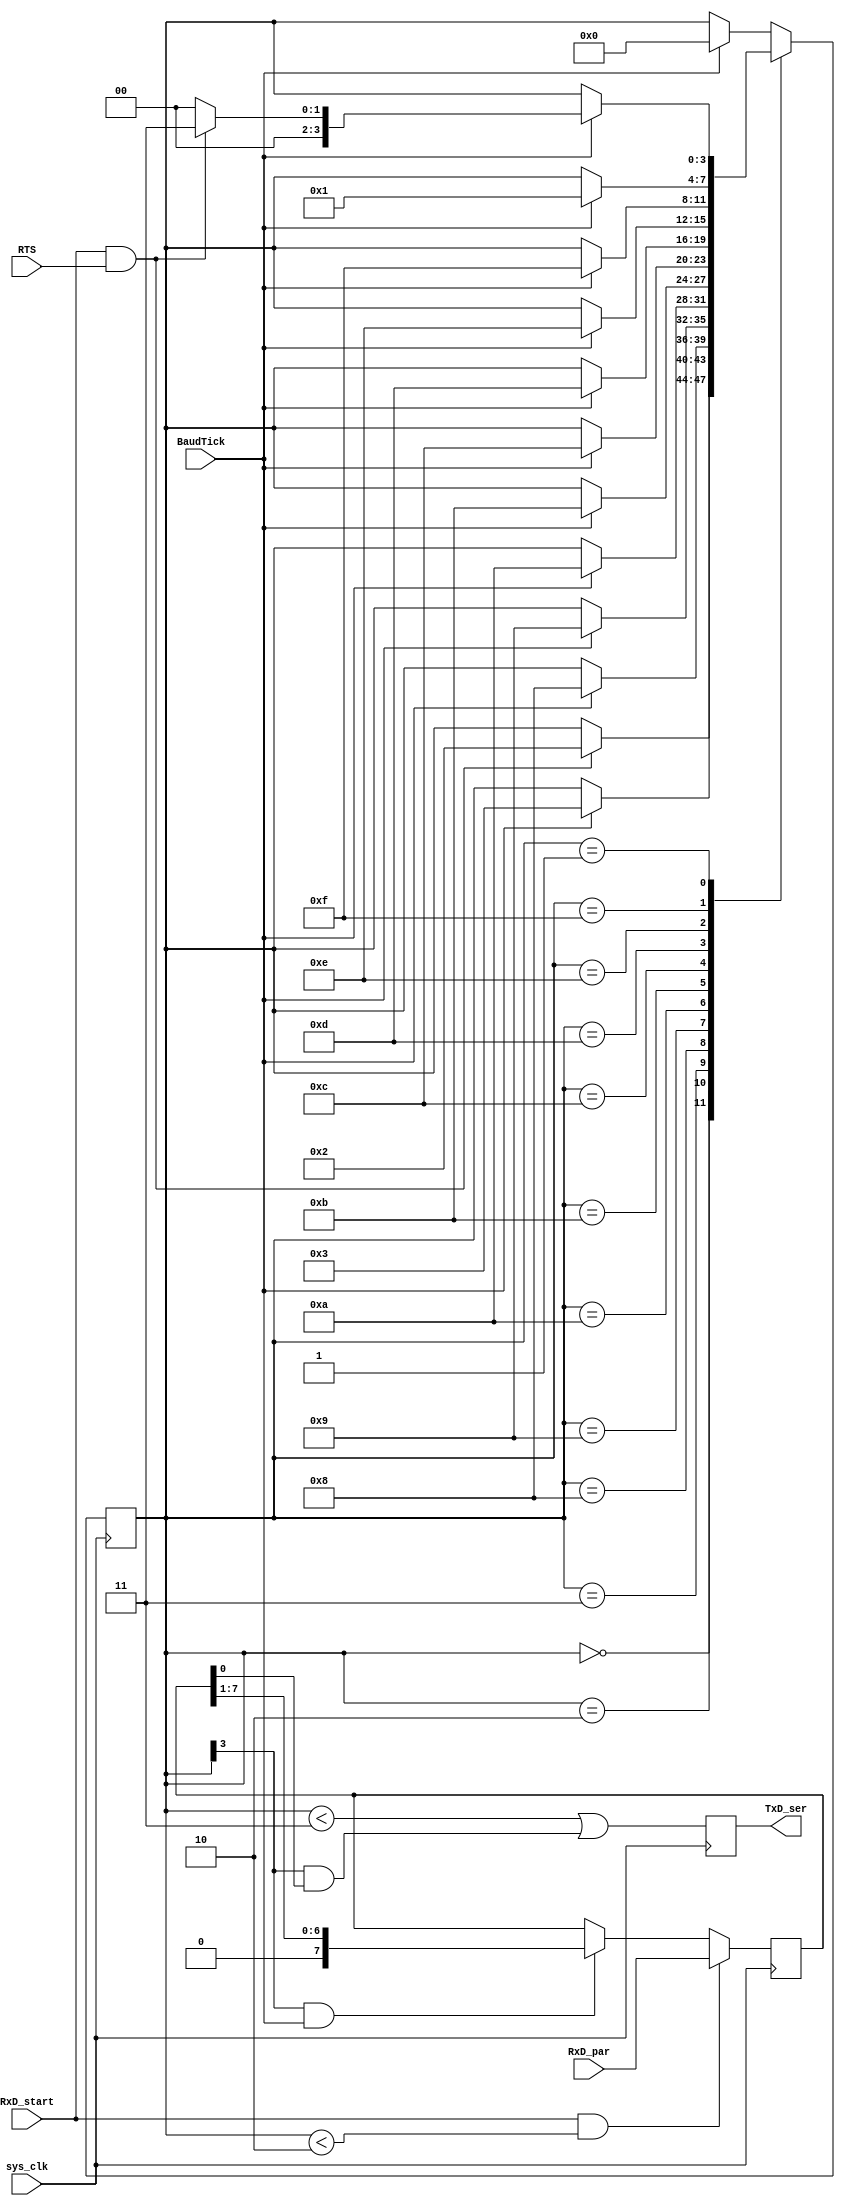
module UART_TX(
    input [7:0] RxD_par, 
    input RxD_start,
	 input RTS, 
    input sys_clk,
	 input BaudTick,
    output reg TxD_ser
    );
	reg [3:0] state=0;
	reg [7:0] RxD_buff=0;
	always @(posedge sys_clk)
	begin
		if (RxD_start & state<2) begin
			RxD_buff <= RxD_par; 
		end else if (state[3] & BaudTick) begin
			RxD_buff <= (RxD_buff >> 1); 
		end
		case(state)
			4'b0000: if(RxD_start & RTS) state <= 4'b0010;
			4'b0010: if(BaudTick) state <= 4'b0011; 
			4'b0011: if(BaudTick) state <= 4'b1000; 
			4'b1000: if(BaudTick) state <= 4'b1001; 
			4'b1001: if(BaudTick) state <= 4'b1010; 
			4'b1010: if(BaudTick) state <= 4'b1011; 
			4'b1011: if(BaudTick) state <= 4'b1100; 
			4'b1100: if(BaudTick) state <= 4'b1101; 
			4'b1101: if(BaudTick) state <= 4'b1110; 
			4'b1110: if(BaudTick) state <= 4'b1111; 
			4'b1111: if(BaudTick) state <= 4'b0001; 
			4'b0001: if(BaudTick) begin 
							if(RxD_start & RTS) begin
								state <= 4'b0011; 
							end else begin
								state <= 4'b0000; 
							end
						end						
			default: if(BaudTick) state <= 4'b0000; 
		endcase
	end
	always @(posedge sys_clk)
	begin
		TxD_ser <= (state < 3) | (state[3] & RxD_buff[0]); 
	end
endmodule